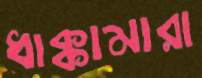
ধাক্কামারা